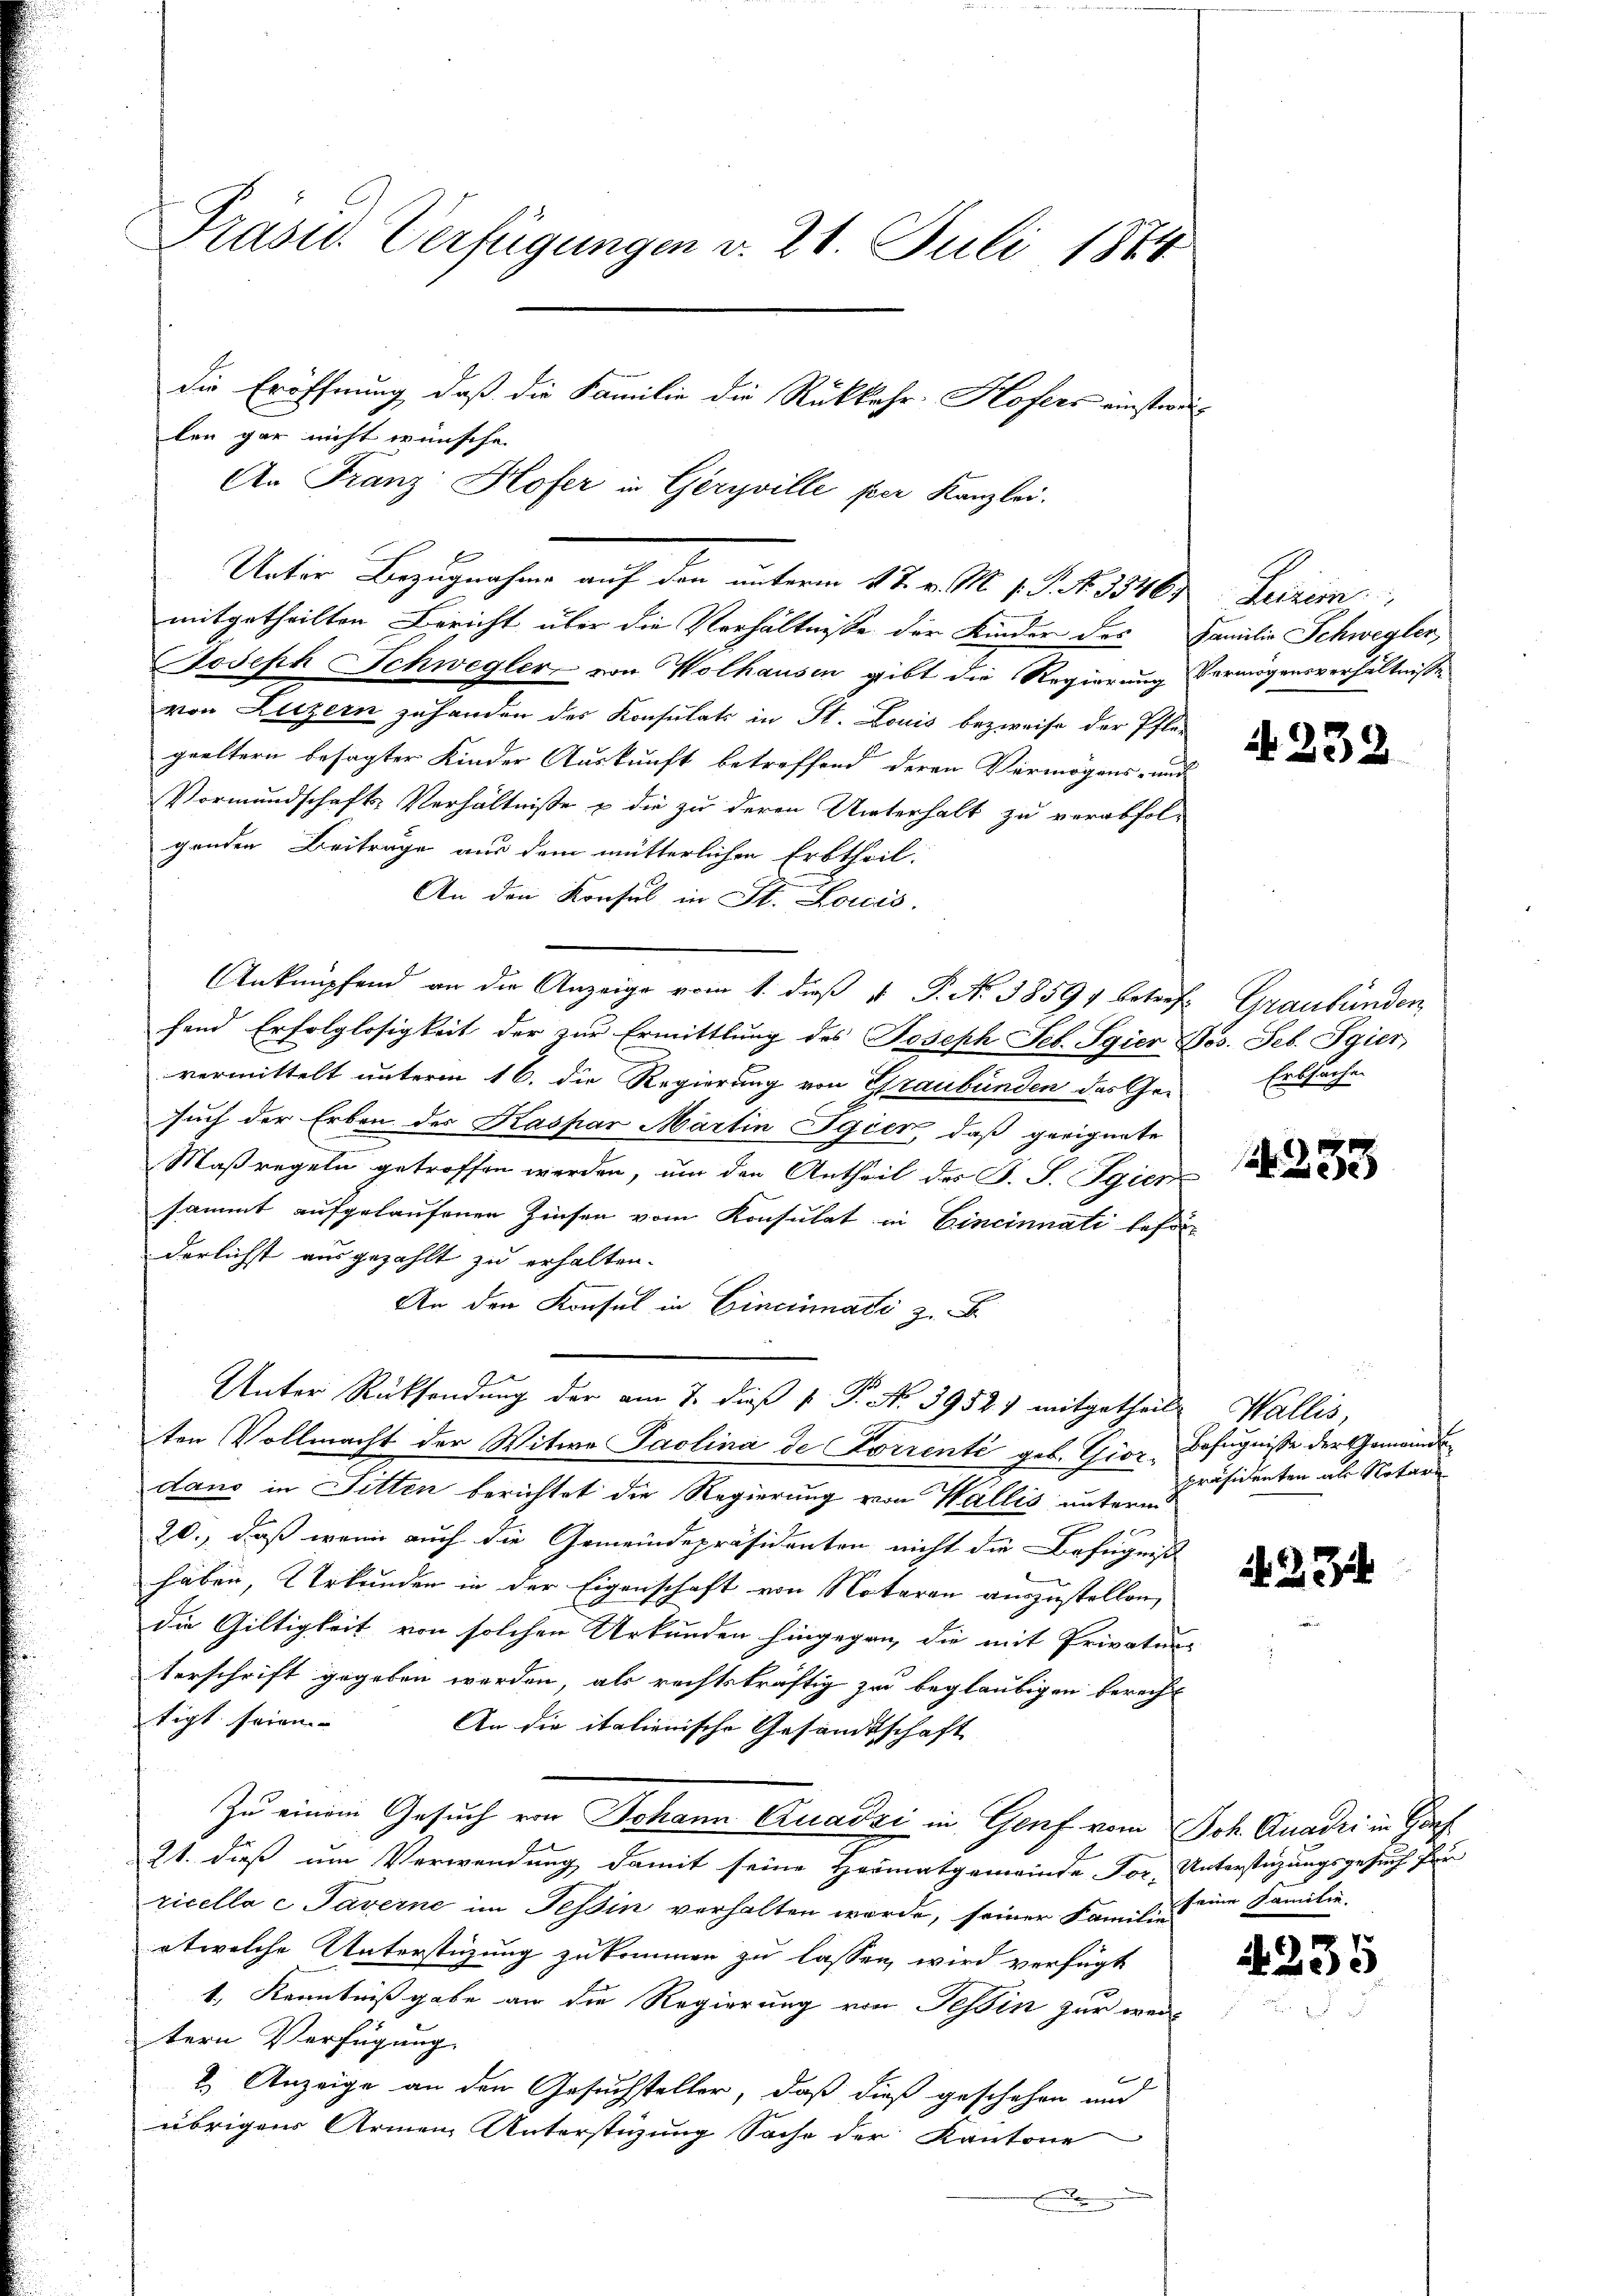
Präsid. Verfügungen v. 21. Juli 1874
die Eröffnung, daß die Familie die Rükkehr-Hofers einstweilen gar nicht wünsche

An Franz Hofer in Geryville per Kanzlei.
Unter Bezugnahme auf den unterm 17. v. M. 1. P. Nr. 35461
mitgetheilten Bericht über die Verhältnisse der Kinder des
Joseph Schwegler von Wolhausen gibt die Regierung
von Luzern zuhanden des Konsulats in St. Louis bezweife der Pflä-
geeltern besagter Kinder Auskunft betreffend deren Vermögens- un
Vormundschafts-Verhältniße u die zu deren Unterhalt zu verabfolgenden Beiträge aus dem mütterlichen Erbtheil.
An den Konsul in St. Loicis.
Anknüpfend an die Anzeige vom 1. dieß 1 P. No. 1859 betref- Graubünden
fend Erfolglosigkeit der zur Ermittlung des Joseph Seb. Sgier
vermittelt unterm 16. die Regierung von Graubünden des Ge-
such der Erben des Kaspar Martin Igier, daß geeignete
Maßregeln getroffen werden, um den Antheil des J. J. Sgier
sammt aufgelaufenen Zinsen vom Konsulat in Cincinnati beso
derlichst ausgezahlt zu erhalten.
An den Konsul in Cincinati z. B.
Unter Rücksendung der am 7. dieß P. P. No 39521 mitgetheilt Wallis,
ten Vollmacht der Witwe Paolina de Korrenti geb. Giordano in Sitten berichtet die Regierung von Wallis unterm
d
20., daß wenn auch die Gemeindepräsidenten nicht die Befugnis
haben, Urkunden in der Eigenschaft von Notaren auszustellen,
die Gültigkeit von solchen Urkunden hingegen, die mit Privatur-
terschrift gegeben werden, als rechtskräftig zu beglaubigen berecht
tigt seien
An die italienische Gesandtschaft
Zu einem Gesuch von Johann Quadri in Genf vom Joh. Quadri in Gar
21. dieß um Verwendung damit seine Heimatgemeinde For. Unterstüzungsgesuch für
ricella c Taverne im Tessin verhalten wurde, seiner Familie eine Familie.
etwelche Unterstüzung zukommen zu lassen wird verfügt
1., Kenntnißgabe an die Regierung von Tessin zur wede
tern Verfügung
2.) Anzeige an den Gesuchsteller, daß dieß geschehen und
übrigens Armen Unterstüzung Sache der Kantone
x

Zurim
Familie Schwegler
Vermögensverhältnisse

A 232

Jos. Seb. Sgier
Entfache

233

n
Befugnisse der Gemeinde
präsidenten als Notari

274

4235